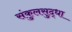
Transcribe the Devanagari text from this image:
संकुलसुद्धा